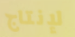
لإنتاج